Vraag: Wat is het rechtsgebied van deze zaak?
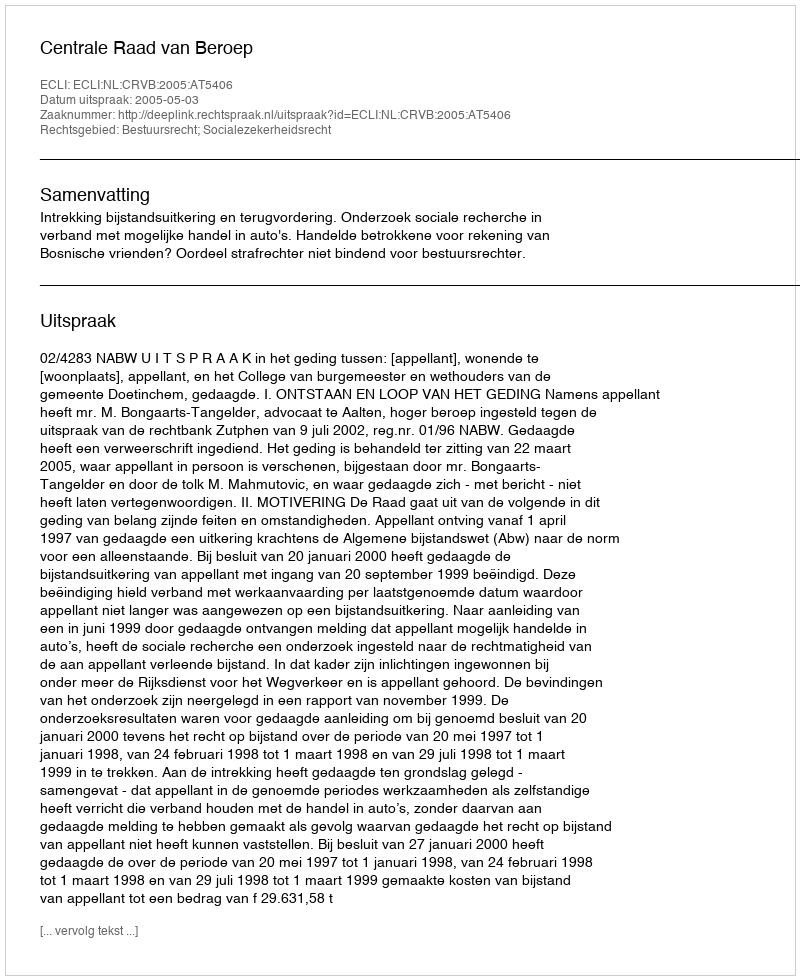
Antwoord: Bestuursrecht; Socialezekerheidsrecht